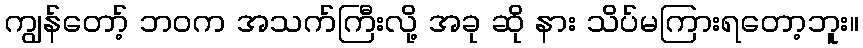
ကျွန်တော့် ဘဝက အသက်ကြီးလို့ အခု ဆို နား သိပ်မကြားရတော့ဘူး။